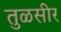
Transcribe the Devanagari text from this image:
तुळसीर